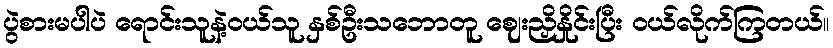
ပွဲစားမပါပဲ ရောင်းသူနဲ့ဝယ်သူ နှစ်ဦးသဘောတူ ဈေးညှိနှိုင်းပြီး ဝယ်လိုက်ကြတယ်။